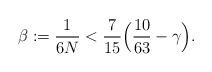
LaTeX: \begin{align*}\beta := \frac{1}{6N} < \frac{7}{15} \Big(\frac{10}{63} - \gamma\Big).\end{align*}